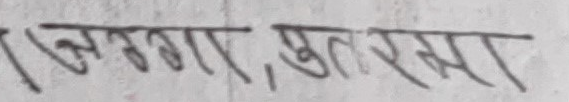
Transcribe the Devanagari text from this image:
ल्ब्गार, खुत एमा